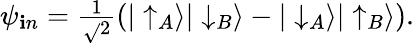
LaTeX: \psi_{\mathbf{i}n}={\textstyle\frac{{1}}{{\sqrt{}{{2}}}}}(|\uparrow_{A}\rangle|\downarrow_{B}\rangle-|\downarrow_{A}\rangle|\uparrow_{B}\rangle).